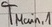
Text: TMain,1